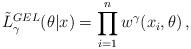
LaTeX: \begin{align*}\tilde{L}_{\gamma}^{GEL}(\theta|x)=\prod_{i=1}^n w^{\gamma}(x_i, \theta) \,,\end{align*}